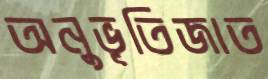
অনুভূতিজাত